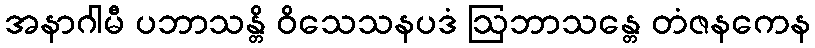
အနာဂါမီ ပဘာသန္တိ ဝိသေသနပဒံ ဩဘာသန္တေ တံဇနကေန